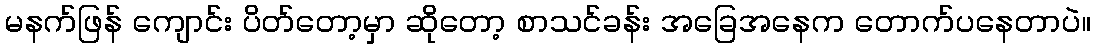
မနက်ဖြန် ကျောင်း ပိတ်တော့မှာ ဆိုတော့ စာသင်ခန်း အခြေအနေက တောက်ပနေတာပဲ။